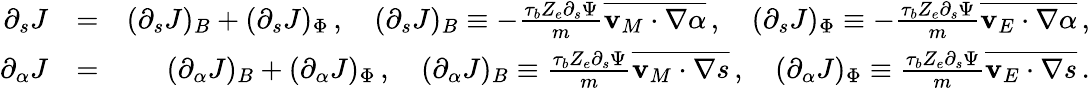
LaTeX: \begin{array}{rlr}{\partial_{s}J}&{=}&{(\partial_{s}J)_{B}+(\partial_{s}J)_{\Phi}\, ,\quad(\partial_{s}J)_{B}\equiv-\frac{\tau_{b}Z_{e}\partial_{s}\Psi}{m}\overline{{\mathbf{v}_{M}\cdot\nabla\alpha}}\, ,\quad(\partial_{s}J)_{\Phi}\equiv-\frac{\tau_{b}Z_{e}\partial_{s}\Psi}{m}\overline{{\mathbf{v}_{E}\cdot\nabla\alpha}}\, ,}\\ {\partial_{\alpha}J}&{=}&{(\partial_{\alpha}J)_{B}+(\partial_{\alpha}J)_{\Phi}\, ,\quad(\partial_{\alpha}J)_{B}\equiv\frac{\tau_{b}Z_{e}\partial_{s}\Psi}{m}\overline{{\mathbf{v}_{M}\cdot\nabla s}}\, ,\quad(\partial_{\alpha}J)_{\Phi}\equiv\frac{\tau_{b}Z_{e}\partial_{s}\Psi}{m}\overline{{\mathbf{v}_{E}\cdot\nabla s}}\, .}\end{array}